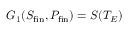
G _ { 1 } ( S _ { \mathrm { f i n } } , P _ { \mathrm { f i n } } ) = S ( T _ { E } )